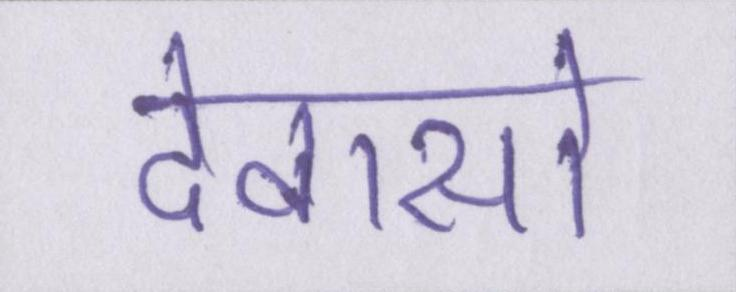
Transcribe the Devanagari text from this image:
देवासो